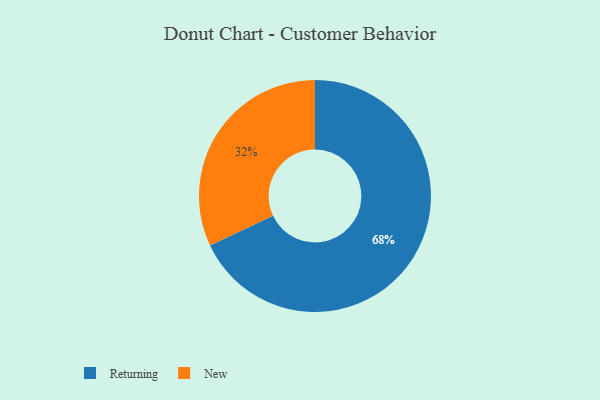
{"axis": {"x": "Category", "y": "Percentage"}, "legend": ["New", "Returning"], "data": [{"x": "Returning", "y": 68, "type": "Returning"}, {"x": "New", "y": 32, "type": "New"}]}